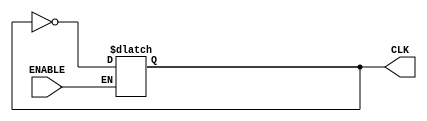
`timescale 100fs/100fs

module clock(CLK,ENABLE);

// input & output
input ENABLE;
output reg CLK;

parameter CLK_CYCLE = 2000;

initial begin
    CLK=0;
end

always begin
    if(ENABLE==1)
    begin
        #(CLK_CYCLE/2);
        CLK=~CLK;
    end
end

endmodule